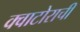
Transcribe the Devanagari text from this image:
क्वाटोराची